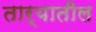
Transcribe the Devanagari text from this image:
तार्‍यातील